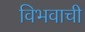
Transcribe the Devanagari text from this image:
विभवाची